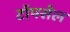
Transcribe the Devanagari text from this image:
टॉपसेल